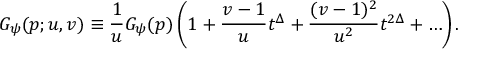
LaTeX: G _ { \psi } ( p ; u , v ) \equiv \frac { 1 } { u } G _ { \psi } ( p ) \left( 1 + \frac { v - 1 } { u } t ^ { \Delta } + \frac { ( v - 1 ) ^ { 2 } } { u ^ { 2 } } t ^ { 2 \Delta } + \ldots \right) .